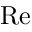
\mathrm { R e }